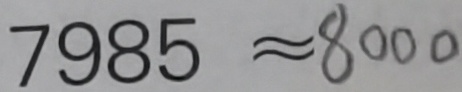
7 9 8 5 \approx 8 0 0 0